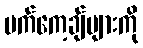
ပက်ကေ့ချ်များကို